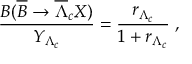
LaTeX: \frac { B ( \overline { { B } } \rightarrow \overline { { \Lambda } } _ { c } X ) } { Y _ { \Lambda _ { c } } } = \frac { r _ { \Lambda _ { c } } } { 1 + r _ { \Lambda _ { c } } } \; ,